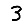
Digit: 3